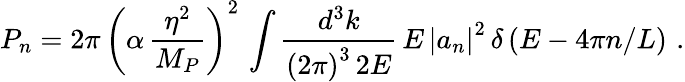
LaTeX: P_{n}=2\pi\, \left(\alpha\, \frac{\eta^{2}}{M_{P}}\right)^{2}\, \int\frac{d^{3}k}{\left(2\pi\right)^{3}\, 2E}\, E\, \left|a_{n}\right|^{2}\, \delta\left(E-4\pi n/L\right)\, \, .